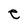
Character: e